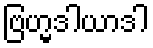
ဗြဟ္မဒါယာဒါ